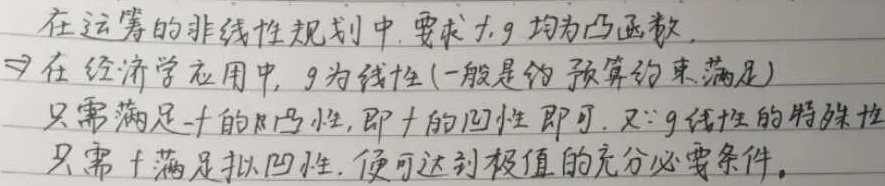
在运筹的非线性规划中，要求\(f\)，\(g\)均为凸函数。\(\Rightarrow\)在经济学应用中，\(g\)为线性（一般是约束预算约束满足）。只需满足\(f\)的拟凸性，即\(f\)的凹性即可。又\(\because g\)线性的特殊性，只需\(f\)满足拟凹性，便可达到极值的充分必要条件。